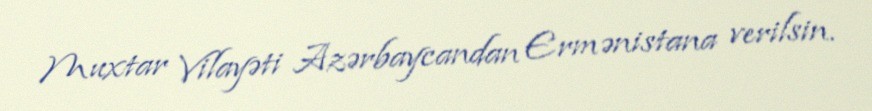
Muxtar Vilayəti Azərbaycandan Ermənistana verilsin.